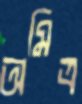
অমিত্র